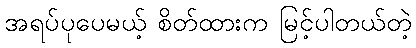
အရပ်ပုပေမယ့် စိတ်ထားက မြင့်ပါတယ်တဲ့